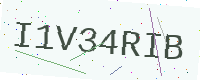
Text: I1V34RIB